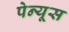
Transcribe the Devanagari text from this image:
पेन्यूस